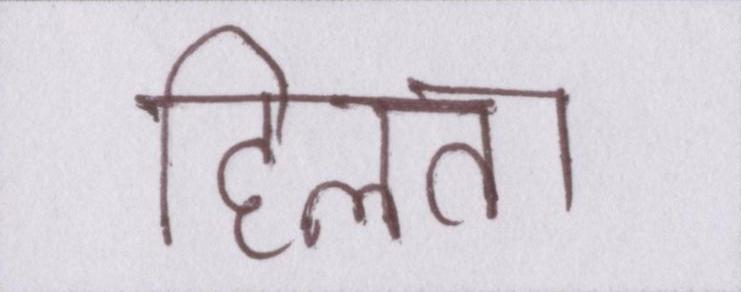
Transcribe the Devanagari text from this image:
हिलता